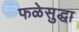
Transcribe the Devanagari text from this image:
फळेसुद्धा